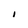
Character: I